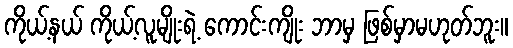
ကိုယ့်နယ် ကိုယ့်လူမျိုးရဲ့ ကောင်းကျိုး ဘာမှ ဖြစ်မှာမဟုတ်ဘူး။